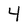
Character: 4